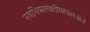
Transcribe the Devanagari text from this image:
सर्वाधिकारवादीसरकारजॉर्ज